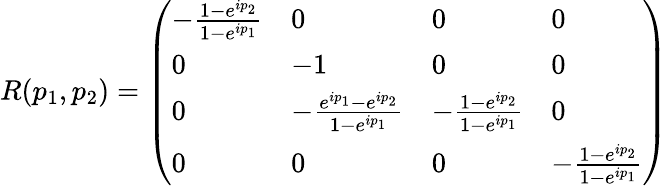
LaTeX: R(p_{1},p_{2})=\left(\begin{array}{llll}{-\frac{1-e^{ip_{2}}}{1-e^{ip_{1}}}}&{0}&{0}&{0}\\ {0}&{-1}&{0}&{0}\\ {0}&{-\frac{e^{ip_{1}}-e^{ip_{2}}}{1-e^{ip_{1}}}}&{-\frac{1-e^{ip_{2}}}{1-e^{ip_{1}}}}&{0}\\ {0}&{0}&{0}&{-\frac{1-e^{ip_{2}}}{1-e^{ip_{1}}}}\end{array}\right)